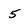
Character: 5